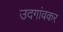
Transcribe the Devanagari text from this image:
उदगांवकर